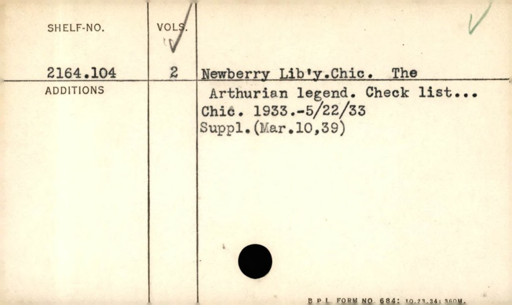
Label: content